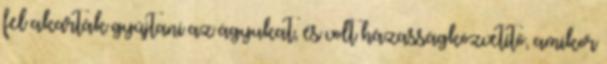
fel akarták gyújtani az ágyukat, és volt házasságközvetítő, amikor